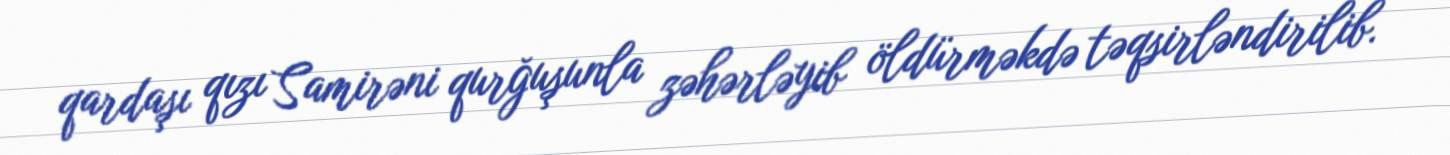
qardaşı qızı Samirəni qurğuşunla zəhərləyib öldürməkdə təqsirləndirilib.